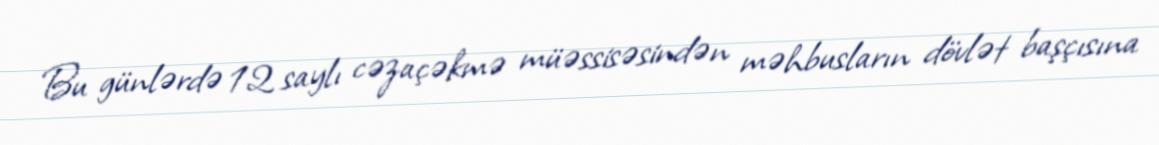
Bu günlərdə 12 saylı cəzaçəkmə müəssisəsindən məhbusların dövlət başçısına